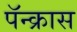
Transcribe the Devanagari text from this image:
पॅन्क्रास